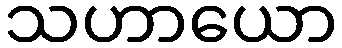
သဟာယော